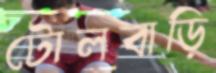
টোলবাড়ি